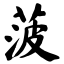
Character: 菠